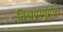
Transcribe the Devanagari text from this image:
विश्रामगृहांचे